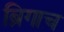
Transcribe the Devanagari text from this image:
ब्रिगाच